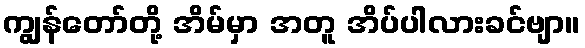
ကျွန်တော်တို့ အိမ်မှာ အတူ အိပ်ပါလားခင်ဗျာ။